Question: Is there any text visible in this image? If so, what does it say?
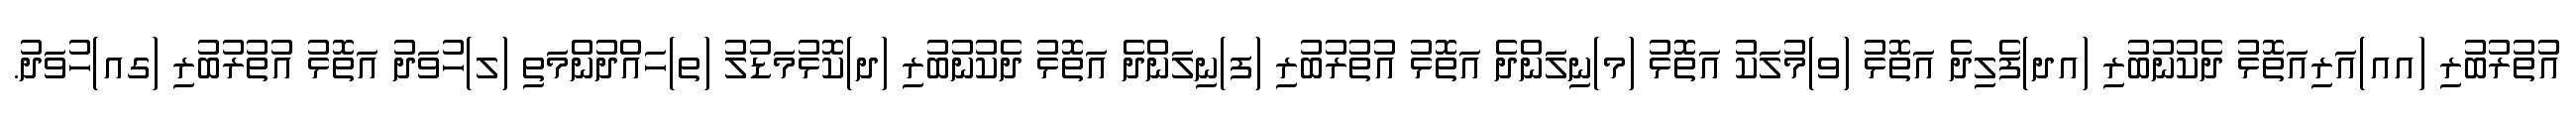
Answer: އުތުރުބުރި (އއ)އަރިއަތޮޅު ދެކުނުބުރި (އދ)ފެލިދެ އަތޮޅު (ވ)މުލަކު އަތޮޅު (މ)ނިލަންދެ އަތޮޅު އުތުރުބުރި (ފ)ނިލަންދެ އަތޮޅު ދެކުނުބުރި (ދ)ކޮޅުމަޑުލު (ތ)ހައްދުންމަތި (ލ)ހުވަދު އަތޮޅު އުތުރުބުރި (ގއ)ހުވަދު.